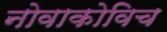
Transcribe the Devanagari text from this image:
नोवाकोविच